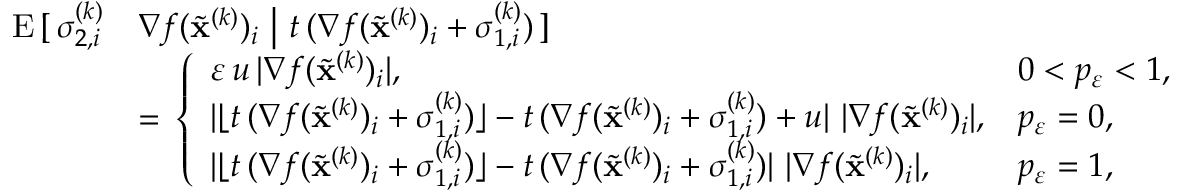
\begin{array} { r l } { \mathrm { E } \, [ \, \sigma _ { 2 , i } ^ { ( k ) } } & { \nabla f ( \widetilde \mathbf { x } ^ { ( k ) } ) _ { i } \ \big \vert \ t \, ( \nabla f ( \widetilde \mathbf { x } ^ { ( k ) } ) _ { i } + \sigma _ { 1 , i } ^ { ( k ) } ) \, ] } \\ & { = \, \left\{ \begin{array} { l l } { \varepsilon \, u \, \vert \nabla f ( \widetilde \mathbf { x } ^ { ( k ) } ) _ { i } \vert , \quad } & { 0 < p _ { \varepsilon } < 1 , } \\ { \vert \lfloor t \, ( \nabla f ( \widetilde \mathbf { x } ^ { ( k ) } ) _ { i } + \sigma _ { 1 , i } ^ { ( k ) } ) \rfloor - t \, ( \nabla f ( \widetilde \mathbf { x } ^ { ( k ) } ) _ { i } + \sigma _ { 1 , i } ^ { ( k ) } ) + u \vert \, \, \vert \nabla f ( \widetilde \mathbf { x } ^ { ( k ) } ) _ { i } \vert , } & { p _ { \varepsilon } = 0 , } \\ { \vert \lfloor t \, ( \nabla f ( \widetilde \mathbf { x } ^ { ( k ) } ) _ { i } + \sigma _ { 1 , i } ^ { ( k ) } ) \rfloor - t \, ( \nabla f ( \widetilde \mathbf { x } ^ { ( k ) } ) _ { i } + \sigma _ { 1 , i } ^ { ( k ) } ) \vert \, \, \vert \nabla f ( \widetilde \mathbf { x } ^ { ( k ) } ) _ { i } \vert , } & { p _ { \varepsilon } = 1 , } \end{array} \right. } \end{array}